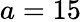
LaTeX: a=15